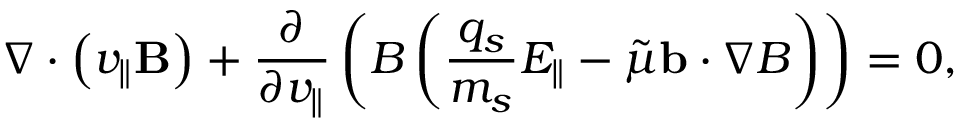
\nabla \cdot \left( v _ { \parallel } \mathbf { B } \right) + \frac { \partial } { \partial v _ { \parallel } } \left( B \left( \frac { q _ { s } } { m _ { s } } E _ { \parallel } - \Tilde { \mu } \mathbf { b } \cdot \nabla B \right) \right) = 0 ,